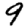
Digit: 9